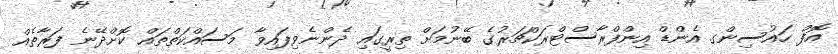
އޮފް ހައުސިންގ އެންޑް އިންފްރާސްޓްރަކްޗަރުގެ ބޭނުމަށް ތިރީގައި ދެންނެވިފައިވާ މަސައްކަތްތައް ކޮށްދޭނެ ފަރާތެއް